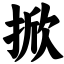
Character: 掀